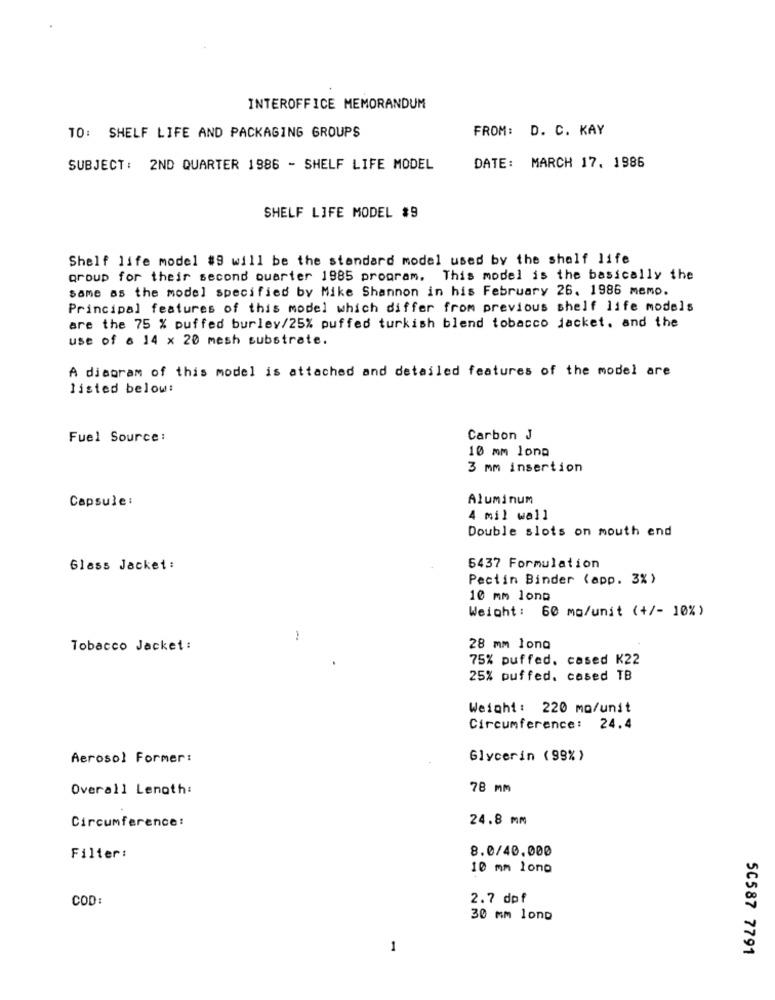
INTEROFFICE MEMORANDUM
FROM: D. C. KAY
10: SHELF LIFE AND PACKAGING GROUPS
SUBJECT: 2ND QUARTER 1986 - SHELF LIFE MODEL
DATE: MARCH 17. 1986
SHELF LIFE MODEL #9
Shelf life model #9 will be the standard model used by the shelf life
group for their second Quarter 1985 program. This model is the basically the
same as the model specified by Mike Shannon in his February 26. 1986 memo.
Principal features of this model which differ from previous shelf life models
are the 75 % puffed burley/25% puffed turkish blend tobacco jacket, and the
use of a 14 x 20 mesh substrate.
A diagram of this model is attached and detailed features of the model are
listed below:
Fuel Source:
Carbon J
10 mm lona
3 mm insertion
Capsule:
Aluminum
4 mil wall
Double slots on mouth end
6437 Formulation
Glass Jacket:
Pectin Binder (app. 3% )
10 mm long
Weight: 60 mg/unit (+/- 10%)
-
Tobacco Jacket :
28 mm lona
75% puffed, cased K22
25% puffed. cased TB
Weight: 220 mo/unit
Circumference: 24.4
Aerosol Former:
Glycerin (99% )
Overall Length:
78 mm
Circumference:
24.8 mm
8.0/40.000
Filter:
10 mm long
COD:
2.7 dpf
30 mm long
1
50587 7791